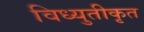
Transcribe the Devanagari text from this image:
विध्युतीकृत